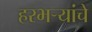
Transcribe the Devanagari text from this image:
हरभर्‍यांचे